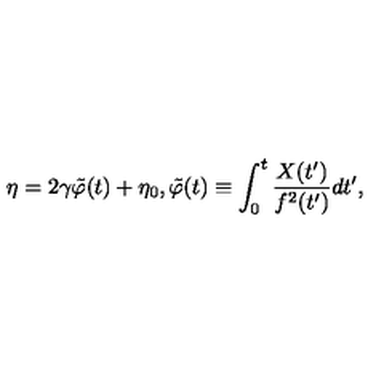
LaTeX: \eta = 2 \gamma \tilde { \varphi } ( t ) + \eta _ { 0 } , \tilde { \varphi } ( t ) \equiv \int _ { 0 } ^ { t } \frac { X ( t ^ { \prime } ) } { f ^ { 2 } ( t ^ { \prime } ) } d t ^ { \prime } ,